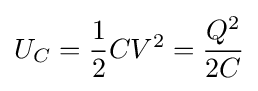
U_{C}={\frac {1}{2}}CV^{2}={\frac {Q^{2}}{2C}}